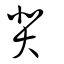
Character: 奜